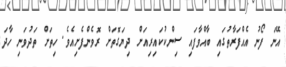
އޭނަ ފޯނު އެއްފަރާތުގައި ބާއްވާފައި ސިންކުކައިރިއަށް ދިޔަގޮތަށް ރޮވެންފެށިއެވެ. ހިތަށް ތަދުވަނި ހާދަ